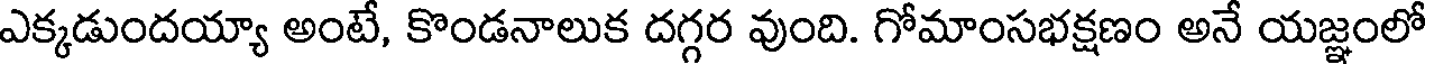
ఎక్కడుందయ్యా అంటే, కొండనాలుక దగ్గర వుంది. గోమాంసభక్షణం అనే యజ్ఞంలో